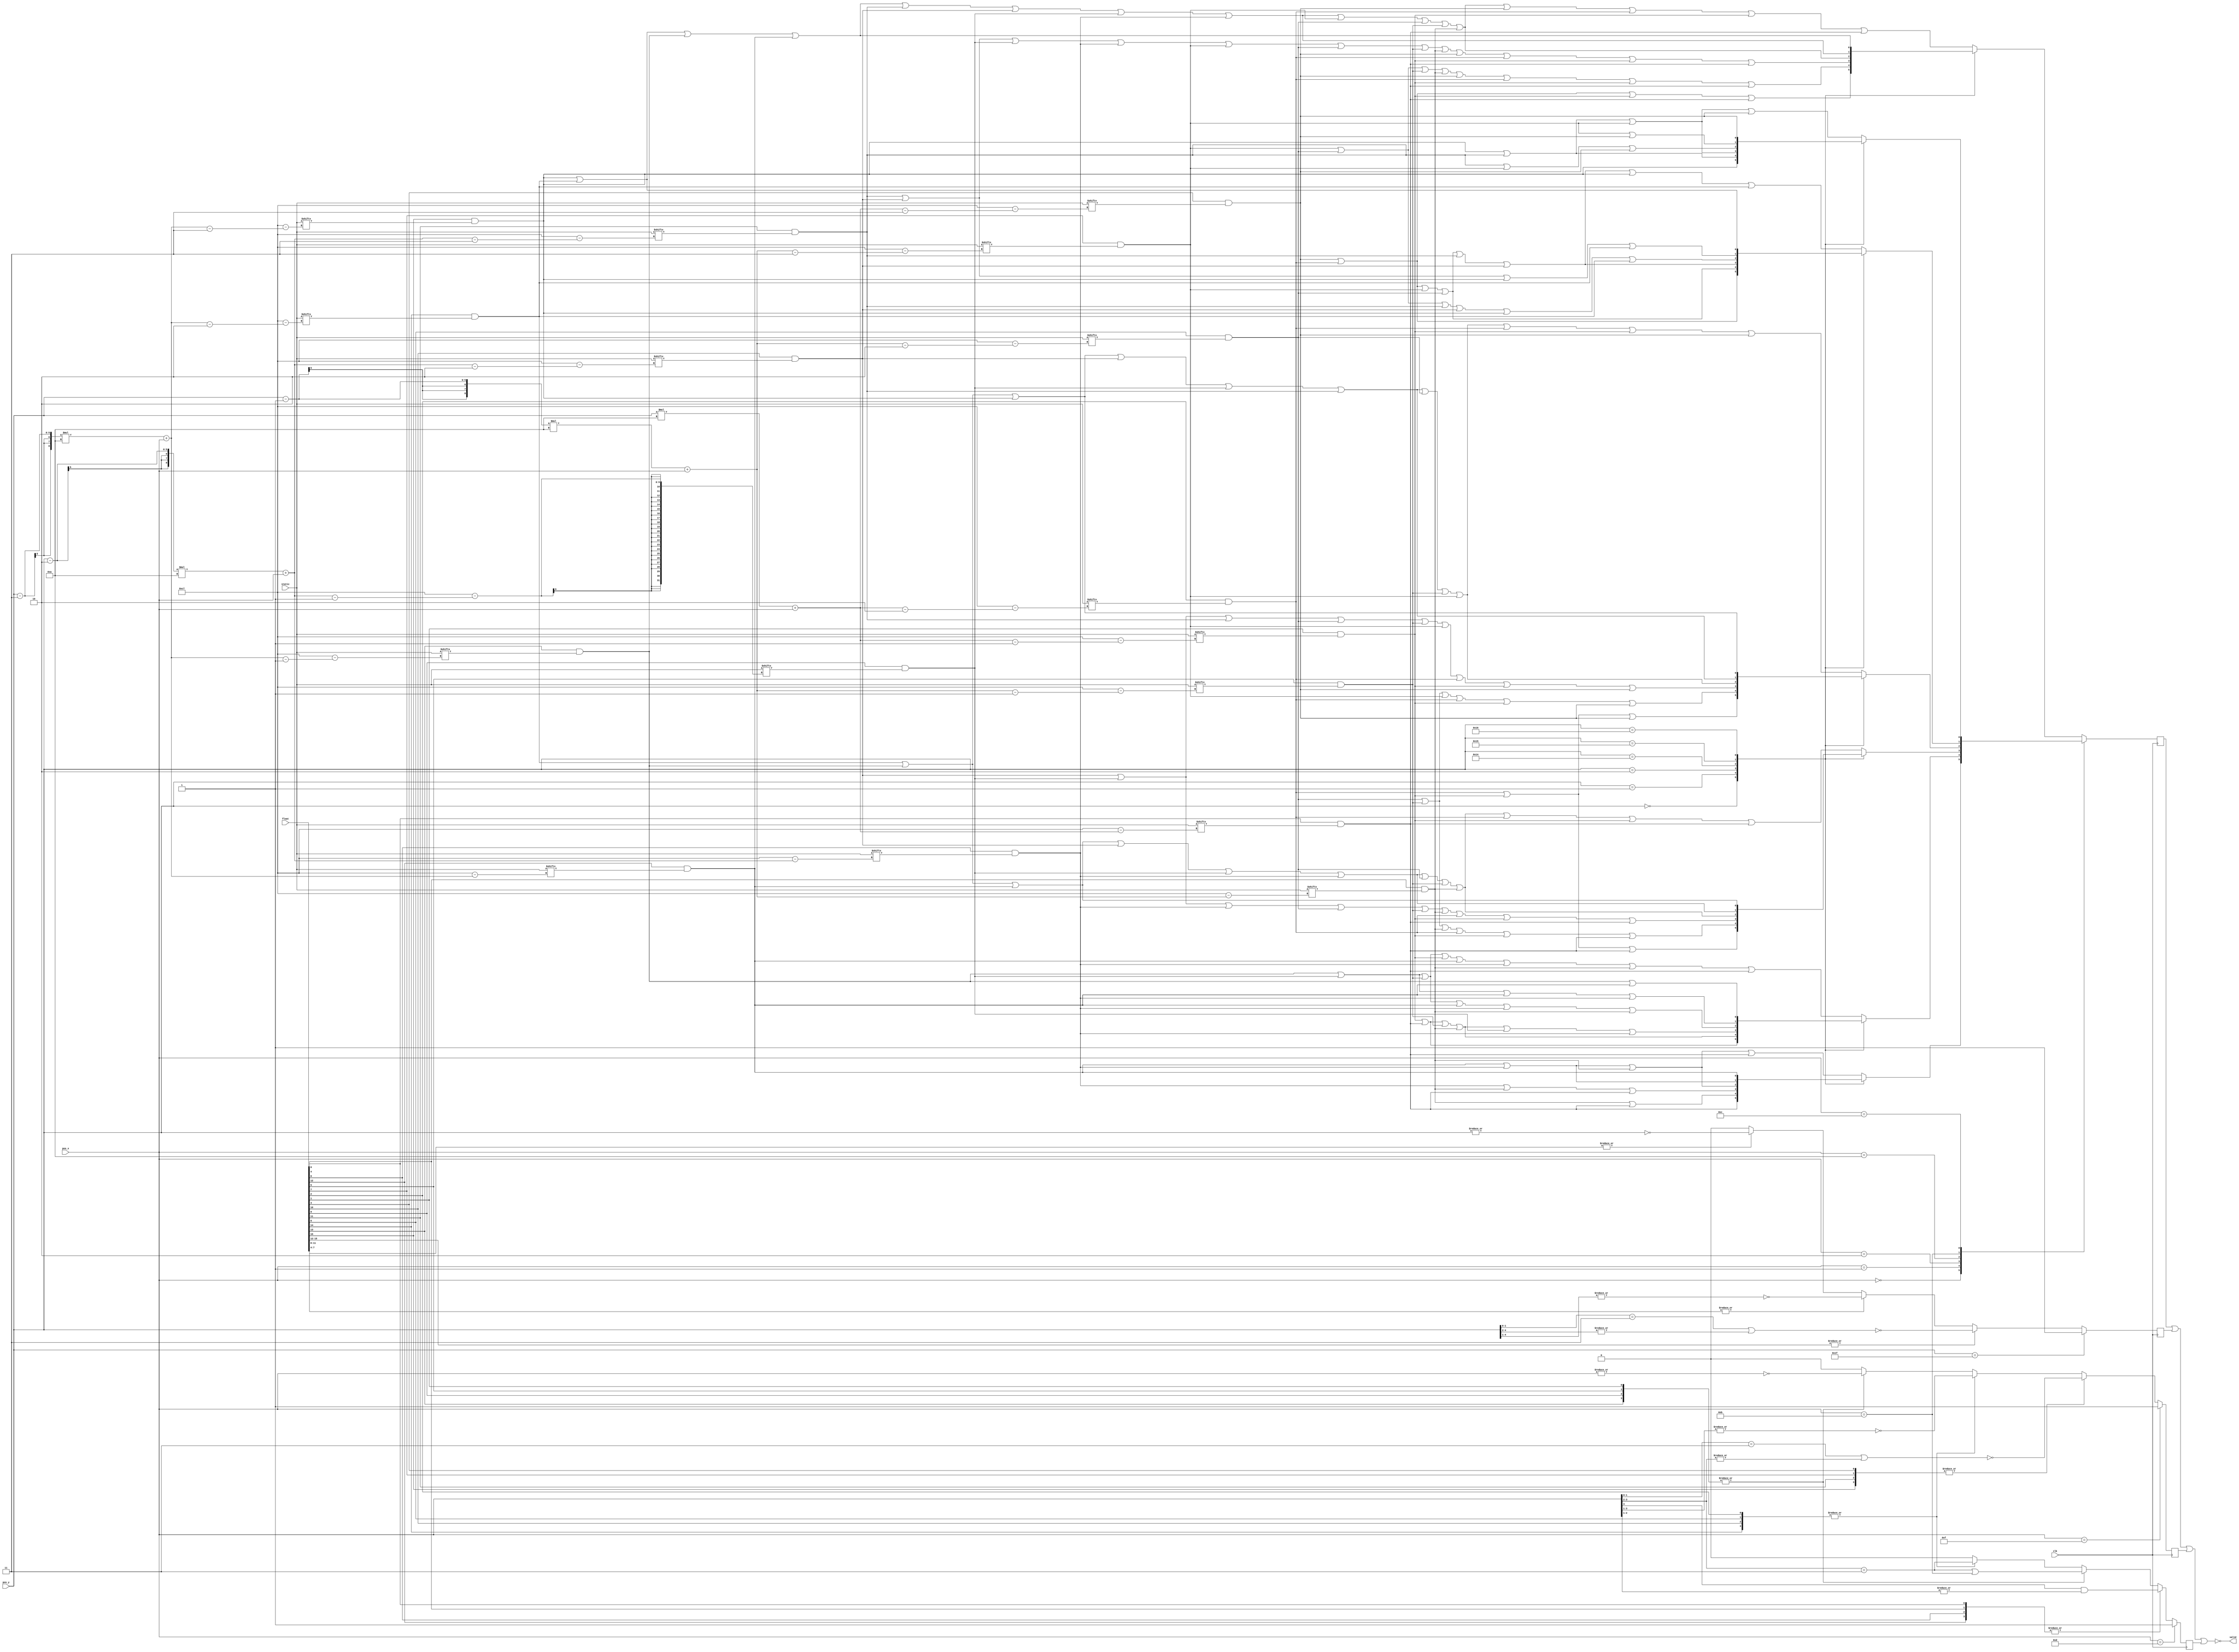
`timescale 1ns / 1ps

module CollisionChecker(
         input wire clk,
         input wire [3:0] pos_x, // anchor point position
         input wire [4:0] pos_y, // anchor point position
         input wire [0:15] float, // float blocks' status
         input wire [0:199] static, // static blocks' status
         output wire valid // 1 for no collision
       );

// 12 13 14 15
// 8  9  10 11
// 4  5  6  7
// 0  1  2  3

reg patternCollision;
reg bottomCollision;
reg leftCollision;
reg rightCollision;

// realPosition for 16 points
wire [8:0] realPos[0:15];
assign realPos[0] = ((pos_y - 2'b11) * 4'b1010) + pos_x - 2'b11; 
assign realPos[1] = ((pos_y - 2'b11) * 4'b1010) + pos_x - 2'b10; 
assign realPos[2] = ((pos_y - 2'b11) * 4'b1010) + pos_x - 1'b1; 
assign realPos[3] = ((pos_y - 2'b11) * 4'b1010) + pos_x; 
assign realPos[4] = ((pos_y - 2'b10) * 4'b1010) + pos_x - 2'b11; 
assign realPos[5] = ((pos_y - 2'b10) * 4'b1010) + pos_x - 2'b10; 
assign realPos[6] = ((pos_y - 2'b10) * 4'b1010) + pos_x - 1'b1; 
assign realPos[7] = ((pos_y - 2'b10) * 4'b1010) + pos_x; 
assign realPos[8] = ((pos_y - 1'b1) * 4'b1010) + pos_x - 2'b11; 
assign realPos[9] = ((pos_y - 1'b1) * 4'b1010) + pos_x - 2'b10; 
assign realPos[10] = ((pos_y - 1'b1) * 4'b1010) + pos_x - 1'b1; 
assign realPos[11] = ((pos_y - 1'b1) * 4'b1010) + pos_x; 
assign realPos[12] = (pos_y * 4'b1010) + pos_x - 2'b11; 
assign realPos[13] = (pos_y * 4'b1010) + pos_x - 2'b10; 
assign realPos[14] = (pos_y * 4'b1010) + pos_x - 1'b1; 
assign realPos[15] = (pos_y * 4'b1010) + pos_x; 

// from bottom to up, whether each row has at least a block
wire [0:3] row;
assign row[0] = |float[0:3];
assign row[1] = |float[4:7];
assign row[2] = |float[8:11];
assign row[3] = |float[12:15];

// from left to right
wire [0:3] col;
assign col[0] = |{float[0],float[4],float[8],float[12]};
assign col[1] = |{float[1],float[5],float[9],float[13]};
assign col[2] = |{float[2],float[6],float[10],float[14]};
assign col[3] = |{float[3],float[7],float[11],float[15]};

// once collide, collision = 1
assign collision = patternCollision | bottomCollision | leftCollision | rightCollision;
assign valid = ~collision;

// judge pattern
always @(posedge clk) begin
  case (pos_x)
    4'b0000:
      case (pos_y)
        5'b00000:patternCollision <= (float[15] & static[realPos[15]]); 
        5'b00001:patternCollision <= (float[11] & static[realPos[11]]) | (float[15] & static[realPos[15]]);
        5'b00010:patternCollision <= (float[7] & static[realPos[7]]) | (float[11] & static[realPos[11]]) | (float[15] & static[realPos[15]]); 
        5'b10100:patternCollision <= (float[3] & static[realPos[3]]) | (float[7] & static[realPos[7]]) | (float[11] & static[realPos[11]]);
        5'b10101:patternCollision <=(float[3] & static[realPos[3]]) | (float[7] & static[realPos[7]]); 
        5'b10110:patternCollision <= (float[3] & static[realPos[3]]); 
        default: patternCollision <= (float[3] & static[realPos[3]]) | (float[7] & static[realPos[7]]) | (float[11] & static[realPos[11]]) | (float[15] & static[realPos[15]]); 
      endcase
    4'b0001:
      case (pos_y)
        5'b00000: patternCollision <= (float[14] & static[realPos[14]]) | (float[15] & static[realPos[15]]);
        5'b00001: patternCollision <= (float[14] & static[realPos[14]]) | (float[15] & static[realPos[15]]) | (float[10] & static[realPos[10]]) | (float[11] & static[realPos[11]]);
        5'b00010: patternCollision <= (float[14] & static[realPos[14]]) | (float[15] & static[realPos[15]]) | (float[10] & static[realPos[10]]) | (float[11] & static[realPos[11]]) | (float[6] & static[realPos[6]]) | (float[7] & static[realPos[7]]);
        5'b10100: patternCollision <= (float[2] & static[realPos[2]]) | (float[6] & static[realPos[6]]) | (float[10] & static[realPos[10]]) | (float[3] & static[realPos[3]]) | (float[7] & static[realPos[7]]) | (float[11] & static[realPos[11]]);
        5'b10101: patternCollision <= (float[2] & static[realPos[2]]) | (float[6] & static[realPos[6]]) | (float[3] & static[realPos[3]]) | (float[7] & static[realPos[7]]) ;
        5'b10110: patternCollision <= (float[2] & static[realPos[2]]) | (float[3] & static[realPos[3]]);
        default: patternCollision <= (float[2] & static[realPos[2]]) | (float[6] & static[realPos[6]]) | (float[10] & static[realPos[10]]) | (float[14] & static[realPos[14]]) | (float[3] & static[realPos[3]]) | (float[7] & static[realPos[7]]) | (float[11] & static[realPos[11]]) | (float[15] & static[realPos[15]]); 
      endcase
    4'b0010:
      case (pos_y)
        5'b00000: patternCollision <= (float[13] & static[realPos[13]]) | (float[14] & static[realPos[14]]) | (float[15] & static[realPos[15]]);
        5'b00001: patternCollision <= (float[9] & static[realPos[9]]) | (float[10] & static[realPos[10]]) | (float[11] & static[realPos[11]]) | (float[13] & static[realPos[13]]) | (float[14] & static[realPos[14]]) | (float[15] & static[realPos[15]]);
        5'b00010: patternCollision <= (float[5] & static[realPos[5]]) | (float[6] & static[realPos[6]]) | (float[7] & static[realPos[7]]) | (float[9] & static[realPos[9]]) | (float[10] & static[realPos[10]]) | (float[11] & static[realPos[11]]) | (float[13] & static[realPos[13]]) | (float[14] & static[realPos[14]]) | (float[15] & static[realPos[15]]);
        5'b10100: patternCollision <= (float[1] & static[realPos[1]]) | (float[2] & static[realPos[2]]) | (float[3] & static[realPos[3]]) | (float[5] & static[realPos[5]]) | (float[6] & static[realPos[6]]) | (float[7] & static[realPos[7]]) | (float[9] & static[realPos[9]]) | (float[10] & static[realPos[10]]) | (float[11] & static[realPos[11]]);
        5'b10101: patternCollision <= (float[1] & static[realPos[1]]) | (float[2] & static[realPos[2]]) | (float[3] & static[realPos[3]]) | (float[5] & static[realPos[5]]) | (float[6] & static[realPos[6]]) | (float[7] & static[realPos[7]]);
        5'b10110: patternCollision <= (float[1] & static[realPos[1]]) | (float[2] & static[realPos[2]]) | (float[3] & static[realPos[3]]);
        default: patternCollision <= (float[1] & static[realPos[1]]) | (float[2] & static[realPos[2]]) | (float[3] & static[realPos[3]]) | (float[5] & static[realPos[5]]) | (float[6] & static[realPos[6]]) | (float[7] & static[realPos[7]]) | (float[9] & static[realPos[9]]) | (float[10] & static[realPos[10]]) | (float[11] & static[realPos[11]]) | (float[13] & static[realPos[13]]) | (float[14] & static[realPos[14]]) | (float[15] & static[realPos[15]]);
      endcase
    4'b1010:
      case (pos_y)
        5'b00000: patternCollision <= (float[13] & static[realPos[13]]) | (float[14] & static[realPos[14]]) | (float[12] & static[realPos[12]]);
        5'b00001: patternCollision <= (float[9] & static[realPos[9]]) | (float[10] & static[realPos[10]]) | (float[8] & static[realPos[8]]) | (float[13] & static[realPos[13]]) | (float[14] & static[realPos[14]]) | (float[12] & static[realPos[12]]);
        5'b00010: patternCollision <= (float[5] & static[realPos[5]]) | (float[6] & static[realPos[6]]) | (float[4] & static[realPos[4]]) | (float[9] & static[realPos[9]]) | (float[10] & static[realPos[10]]) | (float[8] & static[realPos[8]]) | (float[13] & static[realPos[13]]) | (float[14] & static[realPos[14]]) | (float[12] & static[realPos[12]]);
        5'b10100: patternCollision <= (float[1] & static[realPos[1]]) | (float[2] & static[realPos[2]]) | (float[0] & static[realPos[0]]) | (float[5] & static[realPos[5]]) | (float[6] & static[realPos[6]]) | (float[4] & static[realPos[4]]) | (float[9] & static[realPos[9]]) | (float[10] & static[realPos[10]]) | (float[8] & static[realPos[8]]);
        5'b10101: patternCollision <= (float[1] & static[realPos[1]]) | (float[2] & static[realPos[2]]) | (float[0] & static[realPos[0]]) | (float[5] & static[realPos[5]]) | (float[6] & static[realPos[6]]) | (float[4] & static[realPos[4]]);
        5'b10110: patternCollision <= (float[1] & static[realPos[1]]) | (float[2] & static[realPos[2]]) | (float[0] & static[realPos[0]]);
        default: patternCollision <= (float[1] & static[realPos[1]]) | (float[2] & static[realPos[2]]) | (float[0] & static[realPos[0]]) | (float[5] & static[realPos[5]]) | (float[6] & static[realPos[6]]) | (float[4] & static[realPos[4]]) | (float[9] & static[realPos[9]]) | (float[10] & static[realPos[10]]) | (float[8] & static[realPos[8]]) | (float[13] & static[realPos[13]]) | (float[14] & static[realPos[14]]) | (float[12] & static[realPos[12]]);
      endcase
    4'b1011:
      case (pos_y)
        5'b00000: patternCollision <= (float[12] & static[realPos[12]]) | (float[13] & static[realPos[13]]);
        5'b00001: patternCollision <= (float[12] & static[realPos[12]]) | (float[13] & static[realPos[13]]) |  (float[8] & static[realPos[8]])  |  (float[9] & static[realPos[9]]) ;
        5'b00010: patternCollision <= (float[12] & static[realPos[12]]) | (float[13] & static[realPos[13]]) |  (float[8] & static[realPos[8]])  |  (float[9] & static[realPos[9]]) | (float[4] & static[realPos[4]]) | (float[5] & static[realPos[5]]) ;
        5'b10100: patternCollision <= (float[8] & static[realPos[8]])  |  (float[9] & static[realPos[9]]) | (float[4] & static[realPos[4]]) | (float[5] & static[realPos[5]]) | (float[0] & static[realPos[0]]) | (float[1] & static[realPos[1]]);
        5'b10101: patternCollision <= (float[4] & static[realPos[4]]) | (float[5] & static[realPos[5]]) | (float[0] & static[realPos[0]]) | (float[1] & static[realPos[1]]);
        5'b10110: patternCollision <= (float[0] & static[realPos[0]]) | (float[1] & static[realPos[1]]);
        default: patternCollision <= (float[12] & static[realPos[12]]) | (float[13] & static[realPos[13]]) |  (float[8] & static[realPos[8]])  |  (float[9] & static[realPos[9]]) | (float[4] & static[realPos[4]]) | (float[5] & static[realPos[5]]) | (float[0] & static[realPos[0]]) | (float[1] & static[realPos[1]]);
      endcase
    4'b1100:
      case (pos_y)
        5'b00000: patternCollision <= (float[0] & static[realPos[0]]); 
        5'b00001: patternCollision <= (float[0] & static[realPos[0]]) | (float[4] & static[realPos[4]]); 
        5'b00010: patternCollision <= (float[0] & static[realPos[0]]) | (float[4] & static[realPos[4]]) | (float[8] & static[realPos[8]]); 
        5'b10100: patternCollision <= (float[4] & static[realPos[4]]) | (float[8] & static[realPos[8]]) | (float[12] & static[realPos[12]]); 
        5'b10101: patternCollision <= (float[8] & static[realPos[8]]) | (float[12] & static[realPos[12]]); 
        5'b10110: patternCollision <= (float[12] & static[realPos[12]]);
        default: patternCollision <= (float[0] & static[realPos[0]]) | (float[4] & static[realPos[4]]) | (float[8] & static[realPos[8]]) | (float[12] & static[realPos[12]]); 
      endcase
    default:
      case (pos_y)
        5'b00000: patternCollision <= (float[12] & static[realPos[12]]) | (float[13] & static[realPos[13]]) | (float[14] & static[realPos[14]]) | (float[15] & static[realPos[15]]);
        5'b00001: patternCollision <= (float[8] & static[realPos[8]]) | (float[9] & static[realPos[9]]) | (float[10] & static[realPos[10]]) | (float[11] & static[realPos[11]]) | (float[12] & static[realPos[12]]) | (float[13] & static[realPos[13]]) | (float[14] & static[realPos[14]]) | (float[15] & static[realPos[15]]);
        5'b00010: patternCollision <= (float[4] & static[realPos[4]]) | (float[5] & static[realPos[5]]) | (float[6] & static[realPos[6]]) | (float[7] & static[realPos[7]]) | (float[8] & static[realPos[8]]) | (float[9] & static[realPos[9]]) | (float[10] & static[realPos[10]]) | (float[11] & static[realPos[11]]) | (float[12] & static[realPos[12]]) | (float[13] & static[realPos[13]]) | (float[14] & static[realPos[14]]) | (float[15] & static[realPos[15]]);
        5'b10100: patternCollision <= (float[0] & static[realPos[0]]) | (float[1] & static[realPos[1]]) | (float[2] & static[realPos[2]]) | (float[3] & static[realPos[3]]) | (float[4] & static[realPos[4]]) | (float[5] & static[realPos[5]]) | (float[6] & static[realPos[6]]) | (float[7] & static[realPos[7]]) | (float[8] & static[realPos[8]]) | (float[9] & static[realPos[9]]) | (float[10] & static[realPos[10]]) | (float[11] & static[realPos[11]]);
        5'b10101: patternCollision <= (float[0] & static[realPos[0]]) | (float[1] & static[realPos[1]]) | (float[2] & static[realPos[2]]) | (float[3] & static[realPos[3]]) | (float[4] & static[realPos[4]]) | (float[5] & static[realPos[5]]) | (float[6] & static[realPos[6]]) | (float[7] & static[realPos[7]]);
        5'b10110: patternCollision <=  (float[0] & static[realPos[0]]) | (float[1] & static[realPos[1]]) | (float[2] & static[realPos[2]]) | (float[3] & static[realPos[3]]);
        default:patternCollision <= (float[0] & static[realPos[0]]) | (float[1] & static[realPos[1]]) | (float[2] & static[realPos[2]]) | (float[3] & static[realPos[3]]) | (float[4] & static[realPos[4]]) | (float[5] & static[realPos[5]]) | (float[6] & static[realPos[6]]) | (float[7] & static[realPos[7]]) | (float[8] & static[realPos[8]]) | (float[9] & static[realPos[9]]) | (float[10] & static[realPos[10]]) | (float[11] & static[realPos[11]]) | (float[12] & static[realPos[12]]) | (float[13] & static[realPos[13]]) | (float[14] & static[realPos[14]]) | (float[15] & static[realPos[15]]); 
      endcase
  endcase
end

// judge bottom
// if pos_y < 0, then pos_y = 11111
always @(posedge clk) begin
  if (pos_y == 5'b11111)
    bottomCollision <= 1'b1;
  else if (row[0] == 1'b1)
    bottomCollision <= ~ (pos_y[1:0] == 2'b11 || |pos_y[4:2]);
  else if (row[1] == 1'b1)
    bottomCollision <= ~ (|pos_y[4:1]);
  else if (row[2] == 1'b1)
    bottomCollision <= ~ (|pos_y);
  else
	  bottomCollision <= 1'b0;
end

// judge left
always @(posedge clk) begin
  if (pos_x == 4'b1111)
    leftCollision <= 1'b1;
  else if (col[0] == 1'b1)
    leftCollision <= ~ (pos_x[1:0] == 2'b11 || |pos_x[3:2]);
  else if (col[1] == 1'b1)
    leftCollision <= ~ (|pos_x[3:1]);
  else if (col[2] == 1'b1)
    leftCollision <= ~ (|pos_x);
  else
    leftCollision <= 1'b0;
end

// judge right
always @(posedge clk) begin
  if (pos_x == 4'b1101)
    rightCollision <= 1'b1;
  else if (col[3] == 1'b1) 
    rightCollision <= (pos_x[3] == 1'b1) && (|pos_x[2:1]);
  else if (col[2] == 1'b1)
    rightCollision <= pos_x[3:2] == 2'b11 || pos_x == 4'b1011;
  else if (col[1] == 1'b1)
    rightCollision <= pos_x[3:2] == 2'b11;
  else
    rightCollision <= 1'b0;
end

endmodule